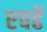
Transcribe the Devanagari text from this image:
एवढें